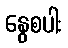
နွေစပါး